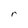
Character: r